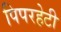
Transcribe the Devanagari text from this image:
पिपरहेटी